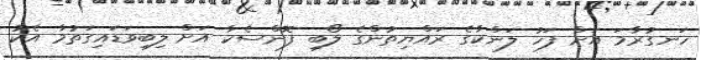
ހަނގުރާމަ އަށް ފަހު ލަންކާގެ ރައްޔިތުންގެ ލޯބި ފޮންސެކާ އަށް ލިބިވަޑައިގަތުމާ އެކު